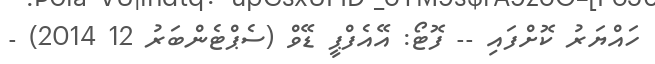
ހައްޔަރު ކޮށްފައި -- ފޮޓޯ: އޭއެފްޕީ ޑޭވް (ސެޕްޓެންބަރު 12 2014) -